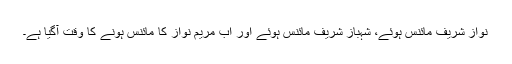
نواز شریف مائنس ہوئے، شہباز شریف مائنس ہوئے اور اب مریم نواز کا مائنس ہونے کا وقت آگیا ہے۔